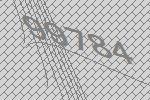
99784